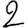
Digit: 2